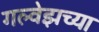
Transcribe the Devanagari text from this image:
गल्वेझच्या